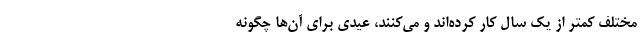
مختلف کمتر از یک سال کار کرده‌اند و می‌کنند، عیدی برای آن‌ها چگونه